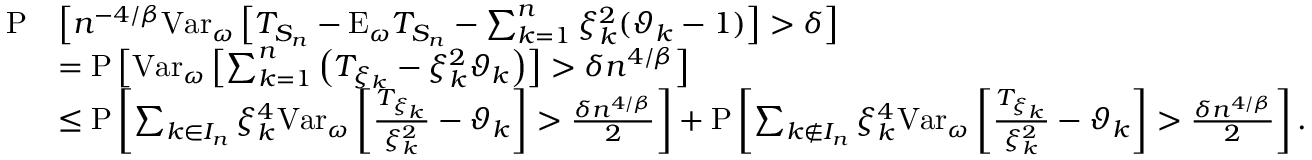
\begin{array} { r l } { \mathrm { P } } & { \left[ n ^ { - 4 / \beta } \mathrm { V a r } _ { \omega } \left[ T _ { S _ { n } } - \mathrm { E } _ { \omega } T _ { S _ { n } } - \sum _ { k = 1 } ^ { n } \xi _ { k } ^ { 2 } ( \vartheta _ { k } - 1 ) \right] > \delta \right] } \\ & { = \mathrm { P } \left[ \mathrm { V a r } _ { \omega } \left[ \sum _ { k = 1 } ^ { n } \left( T _ { \xi _ { k } } - \xi _ { k } ^ { 2 } \vartheta _ { k } \right) \right] > \delta n ^ { 4 / \beta } \right] } \\ & { \leq \mathrm { P } \left[ \sum _ { k \in I _ { n } } \xi _ { k } ^ { 4 } \mathrm { V a r } _ { \omega } \left[ \frac { T _ { \xi _ { k } } } { \xi _ { k } ^ { 2 } } - \vartheta _ { k } \right] > \frac { \delta n ^ { 4 / \beta } } { 2 } \right] + \mathrm { P } \left[ \sum _ { k \notin I _ { n } } \xi _ { k } ^ { 4 } \mathrm { V a r } _ { \omega } \left[ \frac { T _ { \xi _ { k } } } { \xi _ { k } ^ { 2 } } - \vartheta _ { k } \right] > \frac { \delta n ^ { 4 / \beta } } { 2 } \right] . } \end{array}